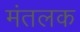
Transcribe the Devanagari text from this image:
मंतलक